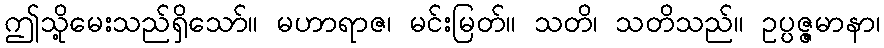
ဤသို့မေးသည်ရှိသော်။ မဟာရာဇ၊ မင်းမြတ်။ သတိ၊ သတိသည်။ ဥပ္ပဇ္ဇမာနာ၊